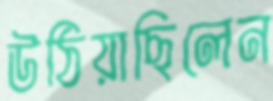
উঠিয়াছিলেন